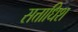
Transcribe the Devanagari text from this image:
सत्ताधिश